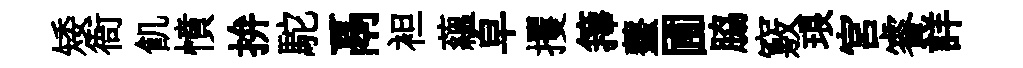
矮衙飢憤拚駝鬲袒蘊皁攫籜虀圃脇竅琅宫睿詳